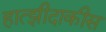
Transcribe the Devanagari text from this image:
हात्झीदाकीस